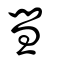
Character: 彗